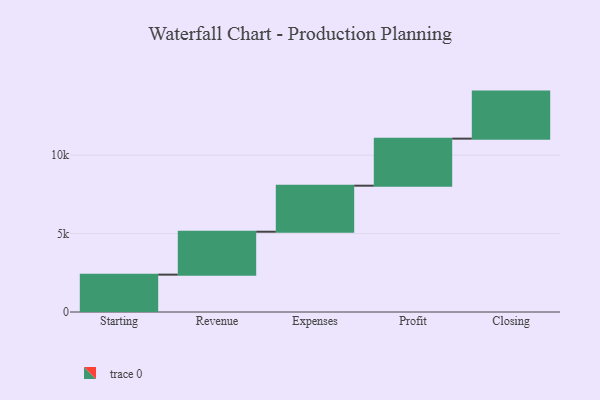
{"axis": {"x": "Step", "y": "Value"}, "legend": [""], "data": [{"x": "Starting", "y": 2382.0, "type": ""}, {"x": "Revenue", "y": 2737.0, "type": ""}, {"x": "Expenses", "y": 2935.0, "type": ""}, {"x": "Profit", "y": 3000, "type": ""}, {"x": "Closing", "y": 3000, "type": ""}]}